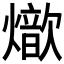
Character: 𤐚